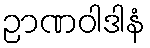
ဉာဏဝါဒါနံ